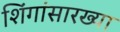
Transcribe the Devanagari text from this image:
शिंगांसारख्या